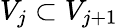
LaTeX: V_{j}\subset V_{j+1}